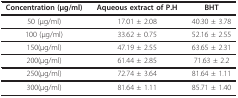
<table><thead><tr><td><b>Concentration (μg/ml)</b></td><td><b>Aqueous extract of P.H</b></td><td><b>BHT</b></td></tr></thead><tbody><tr><td>50 (μg/ml)</td><td>17.01 ± 2.08</td><td>40.30 ± 3.78</td></tr><tr><td>100 (μg/ml)</td><td>33.62 ± 0.75</td><td>52.16 ± 2.55</td></tr><tr><td>150(μg/ml)</td><td>47.19 ± 2.55</td><td>63.65 ± 2.31</td></tr><tr><td>200(μg/ml)</td><td>61.44 ± 2.85</td><td>71.63 ± 2.2</td></tr><tr><td>250(μg/ml)</td><td>72.74 ± 3.64</td><td>81.64 ± 1.11</td></tr><tr><td>300(μg/ml)</td><td>81.64 ± 1.11</td><td>85.71 ± 1.40</td></tr></tbody></table>